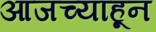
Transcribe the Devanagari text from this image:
आजच्याहून